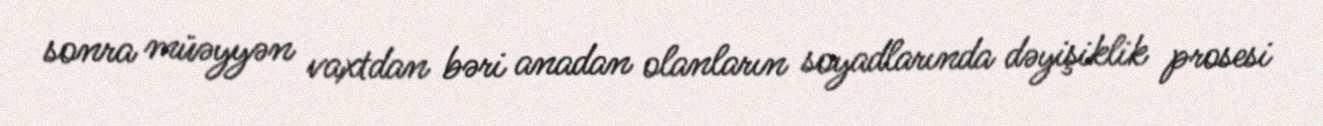
sonra müəyyən vaxtdan bəri anadan olanların soyadlarında dəyişiklik prosesi